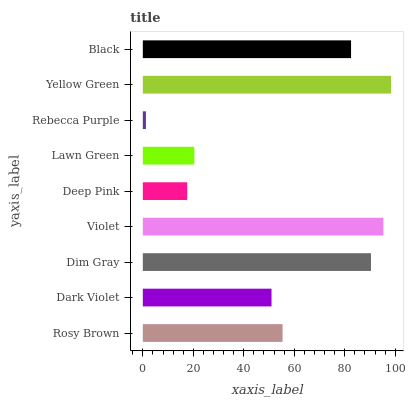
| yaxis_label | bars |
 | --- | --- |
 | Rosy Brown | 55.4 |
 | Dark Violet | 51 |
 | Dim Gray | 90.4 |
 | Violet | 95.3 |
 | Deep Pink | 17.6 |
 | Lawn Green | 20.4 |
 | Rebecca Purple | 1.23 |
 | Yellow Green | 98.4 |
 | Black | 82.5 |